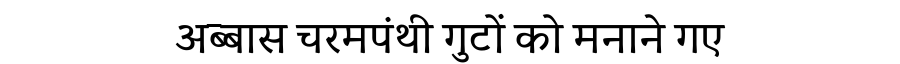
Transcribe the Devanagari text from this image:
अब्बास चरमपंथी गुटों को मनाने गए